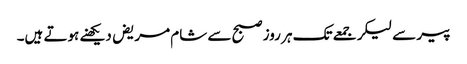
پیر سے لیکر جمعے تک ہر روز صبح سے شام مریض دیکھنے ہوتے ہیں۔